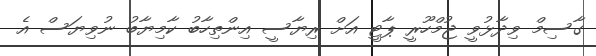
ގާސިމް ވިދާޅުވީ ޖުމްހޫރީ ޕާޓީ އަށް ރިޔާސީ އިންތިހާބު ކާމިޔާބު ނުވިޔަސް އެ